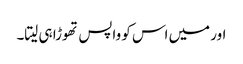
اور میں اس کو واپس تھوڑا ہی لیتا۔